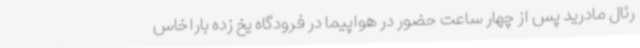
رئال مادرید پس از چهار ساعت حضور در هواپیما در فرودگاه یخ زده باراخاس